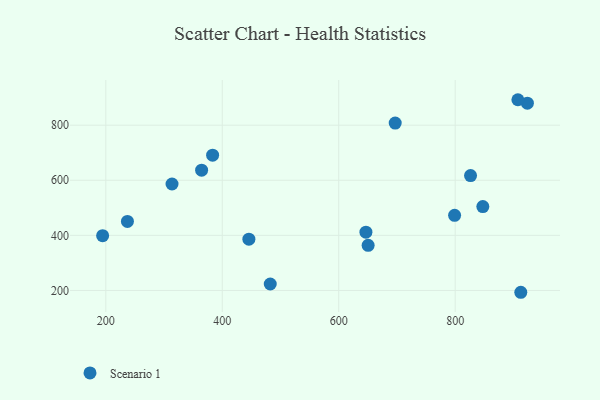
{"axis": {"x": "Speed", "y": "Salary"}, "legend": ["Scenario 1"], "data": [{"x": "847.5", "y": 504.5, "type": "Scenario 1"}, {"x": "924.0", "y": 879.9, "type": "Scenario 1"}, {"x": "799.0", "y": 472.9, "type": "Scenario 1"}, {"x": "445.7", "y": 386.2, "type": "Scenario 1"}, {"x": "826.4", "y": 616.9, "type": "Scenario 1"}, {"x": "907.7", "y": 892.4, "type": "Scenario 1"}, {"x": "364.5", "y": 636.7, "type": "Scenario 1"}, {"x": "237.1", "y": 450.6, "type": "Scenario 1"}, {"x": "194.5", "y": 399.0, "type": "Scenario 1"}, {"x": "383.4", "y": 691.1, "type": "Scenario 1"}, {"x": "482.4", "y": 223.5, "type": "Scenario 1"}, {"x": "912.7", "y": 193.4, "type": "Scenario 1"}, {"x": "697.0", "y": 807.7, "type": "Scenario 1"}, {"x": "646.7", "y": 411.7, "type": "Scenario 1"}, {"x": "313.7", "y": 586.4, "type": "Scenario 1"}, {"x": "650.5", "y": 364.0, "type": "Scenario 1"}]}